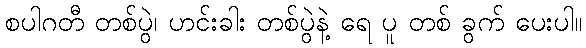
စပါဂတီ တစ်ပွဲ၊ ဟင်းခါး တစ်ပွဲနဲ့ ရေ ပူ တစ် ခွက် ပေးပါ။